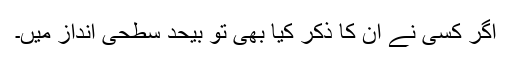
اگر کسی نے ان کا ذکر کیا بھی تو بیحد سطحی انداز میں۔